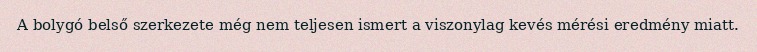
A bolygó belső szerkezete még nem teljesen ismert a viszonylag kevés mérési eredmény miatt.